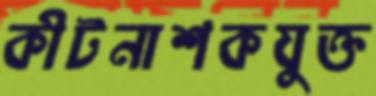
কীটনাশকযুক্ত